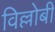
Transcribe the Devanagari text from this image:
विल्लोबी